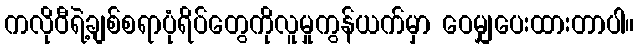
ကလိုဝီရဲ့ချစ်စရာပုံရိပ်တွေကိုလူမှုကွန်ယက်မှာ ဝေမျှပေးထားတာပါ။